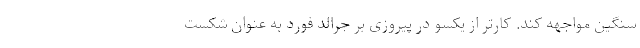
سنگین مواجهه کند. کارتر از یکسو در پیروزی بر جرالد فورد به عنوان شکست